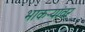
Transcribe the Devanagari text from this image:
भाकऱ्यांवर